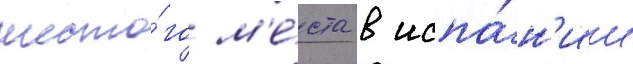
шесто́го м'е́ста в испа́н'ии